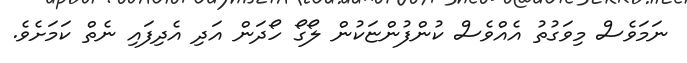
ނަމަވެސް މިވަގުތު އެއްވެސް ކުންފުންޏަކުން ލޯގޯ ހޯދަން އަދި އެދިފައި ނެތް ކަމަށެވެ.